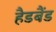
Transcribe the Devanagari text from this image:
हैडबैंड